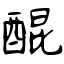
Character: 醌